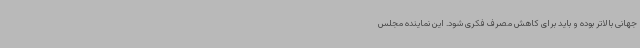
جهانی بالاتر بوده و باید برای کاهش مصرف فکری شود. این نماینده مجلس